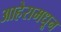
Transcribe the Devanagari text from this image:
आहेरामधून